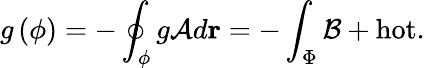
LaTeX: g\left(\phi\right)=-\oint_{\phi}g\mathcal{A}d\mathbf{r}=-\int_{\Phi}\mathcal{B}+\mathrm{hot}.